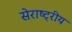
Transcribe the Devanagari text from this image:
सेराष्ट्रीय